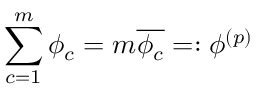
\sum _ { c = 1 } ^ { m } \phi _ { c } = m \overline { { \phi _ { c } } } = : \phi ^ { ( p ) }